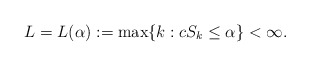
\begin{align*}L=L(\alpha):=\max\{k: c S_k \leq \alpha\}<\infty.\end{align*}